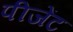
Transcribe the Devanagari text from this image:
पीजेंट